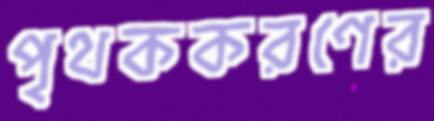
পৃথককরণের